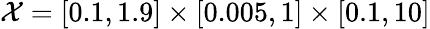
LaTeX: \mathcal{X}=[0.1,1.9]\times[0.005,1]\times[0.1,10]